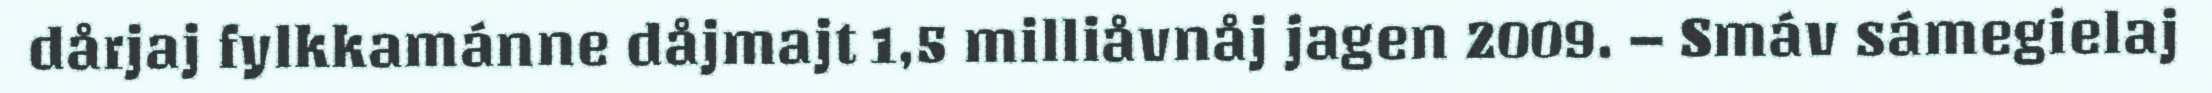
dårjaj fylkkamánne dåjmajt 1,5 milliåvnåj jagen 2009. – Smáv sámegielaj